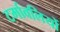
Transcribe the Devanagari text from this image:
टर्मावलियों